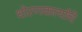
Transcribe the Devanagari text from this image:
धोरणकर्त्यांचे